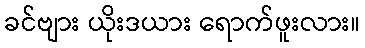
ခင်ဗျား ယိုးဒယား ရောက်ဖူးလား။